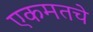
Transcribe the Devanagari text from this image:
एकमतचे